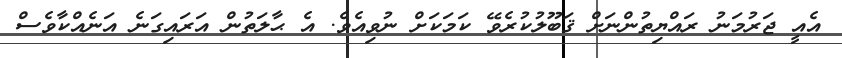
އެއީ ޖަރުމަނު ރައްޔިތުންނަށް ޤަބޫލުކުރެވޭ ކަމަކަށް ނުވިއެވެ. އެ ޙާލަތުން އަރައިގަނެ އަނެއްކާވެސް